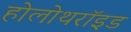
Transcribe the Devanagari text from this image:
होलोथरॉइड